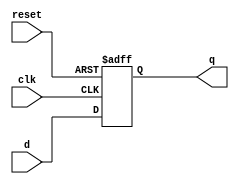
module dff(/*AUTOARG*/
   // Outputs
   q,
   // Inputs
   d, clk, reset
   );

   input d,clk,reset;
   output q;
   /*AUTOREG*/
   // Beginning of automatic regs (for this module's undeclared outputs)
   reg			q;
   // End of automatics

   /*AUTOWIRE*/
   always @(posedge clk or posedge reset) begin
      if(reset) begin
	 q <= 1'b0; //using non blocking assignments for the sequential logic
      end else begin
	q <= d;
      end
   end

endmodule // DFF